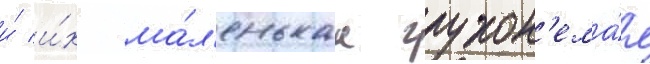
и́ и́х ма́л'енькаа глухон'ема́я